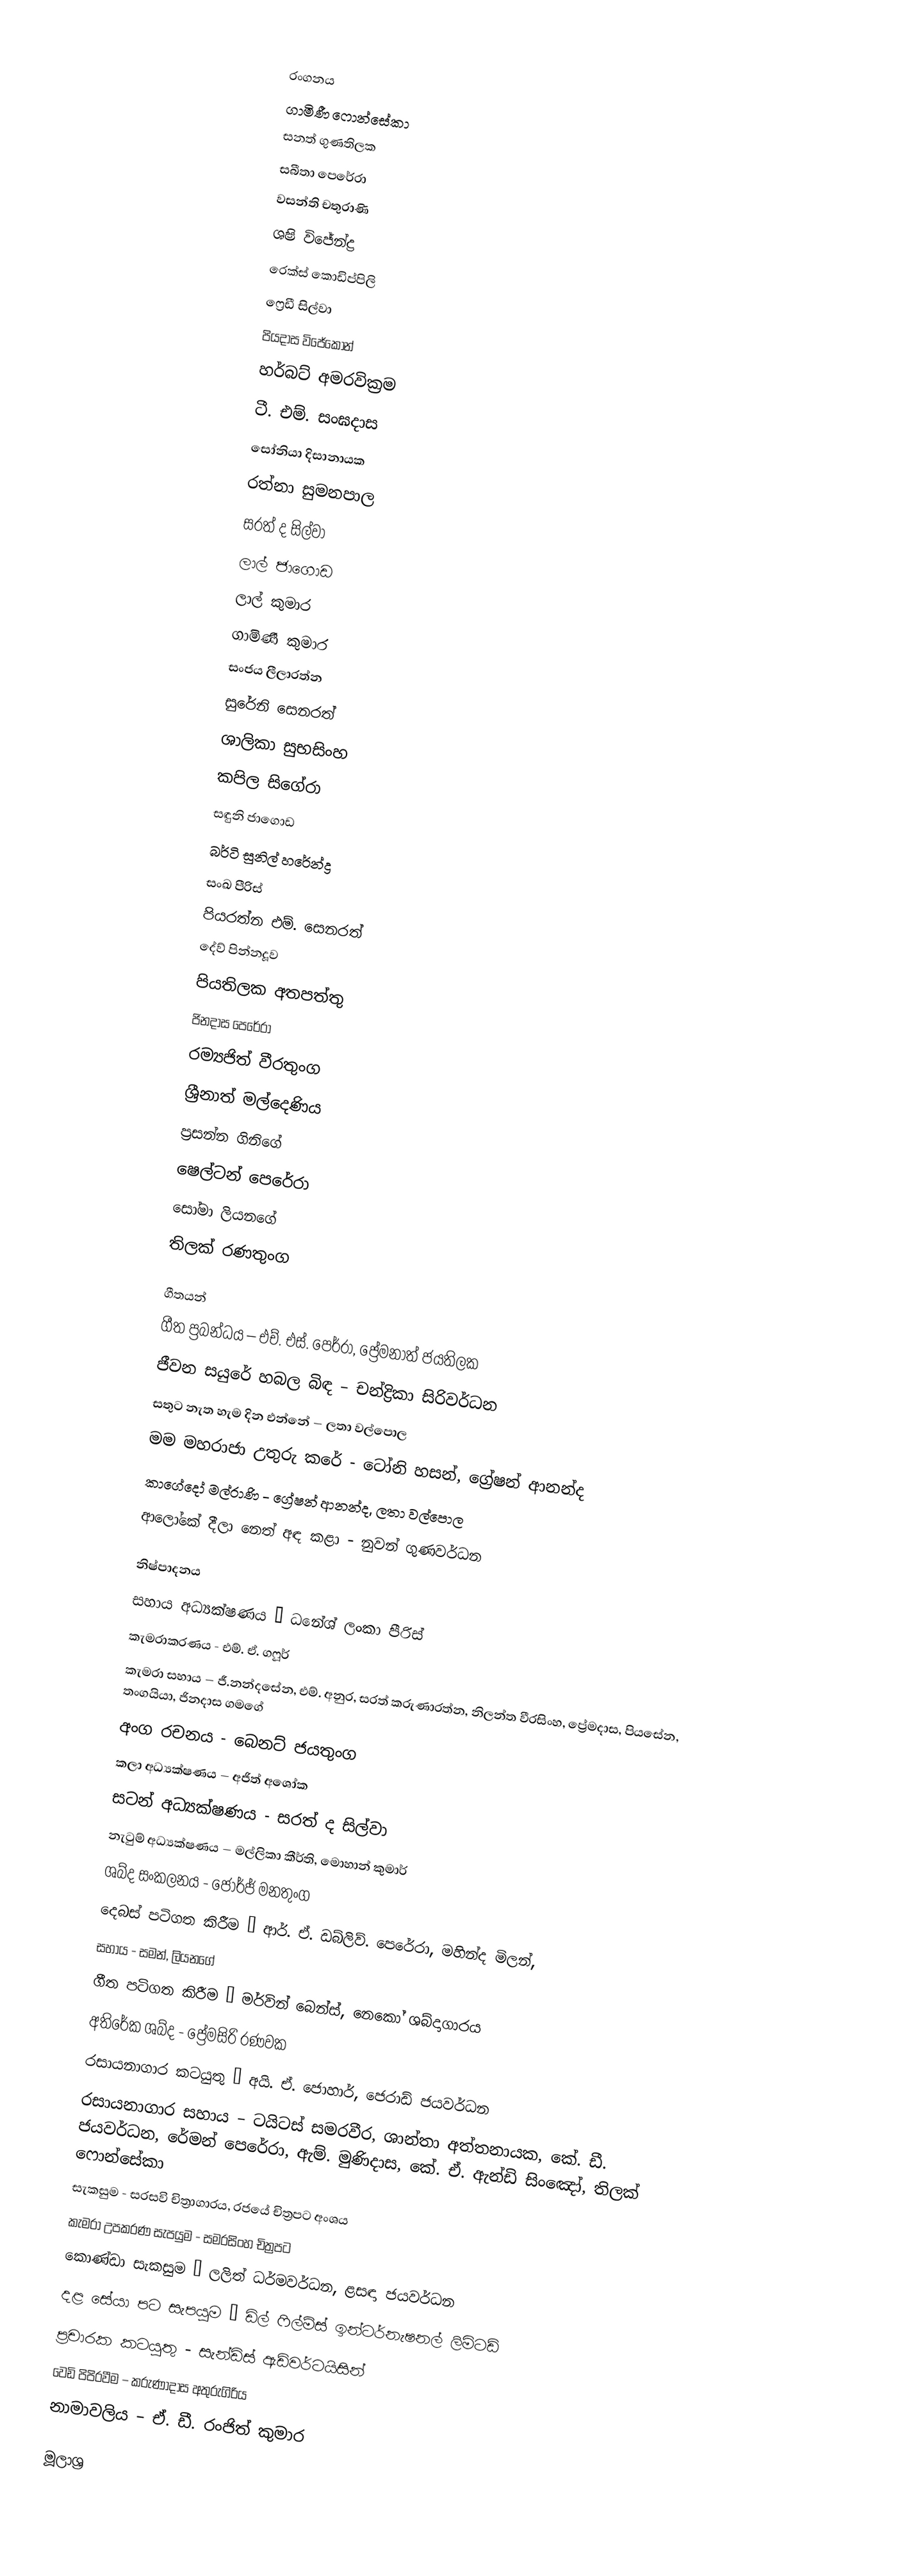

රංගනය
ගාමිණී ෆොන්සේකා
සනත් ගුණතිලක
සබීතා පෙරේරා
වසන්ති චතුරාණි
ශෂි විජේන්ද්‍ර
රෙක්ස් කොඩිප්පිලි
ෆ්‍රෙඩී සිල්වා
පියදාස විජේකෝන්
හර්බට් අමරවික්‍රම
ටී. එම්. සංඝදාස
සෝනියා දිසානායක
රත්නා සුමනපාල
සරත් ද සිල්වා
ලාල් ජාගොඩ
ලාල් කුමාර
ගාමිණී කුමාර
සංජය ලීලාරත්න
සුරේනි සෙනරත්
ශාලිකා සුභසිංහ
කපිල සිගේරා
සඳුනි ජාගොඩ
බර්ටි සුනිල් හරේන්ද්‍ර
සංඛ පීරිස්
පියරත්න එම්. සෙනරත්
දේව් පින්නදූව
පියතිලක අතපත්තු
ජිනදාස පෙරේරා
රම්‍යජිත් වීරතුංග
ශ්‍රීනාත් මල්දෙණිය
ප්‍රසන්න ගිනිගේ
ෂෙල්ටන් පෙරේරා
සෝමා ලියනගේ
තිලක් රණතුංග

ගීතයන්
ගීත ප්‍රබන්ධය – එච්. එස්. පෙර්රා, ප්‍රේමනාත් ජයතිලක
ජීවන සයුරේ හබල බිඳ – චන්ද්‍රිකා සිරිවර්ධන
සතුට නැත හැම දින එන්නේ – ලතා වල්පොල
මම මහරාජා උතුරු කරේ - ටෝනි හසන්, ග්‍රේෂන් ආනන්ද
කාගේදෝ මල්රාණි - ග්‍රේෂන් ආනන්ද, ලතා වල්පොල
ආලෝකේ දීලා නෙත් අඳ කළා - නුවන් ගුණවර්ධන

නිෂ්පාදනය
සහාය අධ්‍යක්ෂණය – ධනේශ් ලංකා පීරිස්
කැමරාකරණය - එම්. ඒ. ගෆූර්
කැමරා සහාය – ජී.නන්දසේන, එම්. අනුර, සරත් කරුණාරත්න, නිලන්ත වීරසිංහ, ප්‍රේමදාස, පියසේන, තංගයියා, ජිනදාස ගමගේ
අංග රචනය - බෙනට් ජයතුංග
කලා අධ්‍යක්ෂණය – අජිත් අශෝක
සටන් අධ්‍යක්ෂණය - සරත් ද සිල්වා
නැටුම් අධ්‍යක්ෂණය – මල්ලිකා කීර්ති, මොහාන් කුමාර්
ශබ්ද සංකලනය - ජෝර්ජ් මනතුංග
දෙබස් පටිගත කිරීම – ආර්. ඒ. ඩබ්ලිව්. පෙරේරා, මහින්ද මිලන්,
සහාය - සමන්, ලියනගේ
ගීත පටිගත කිරීම – මර්වින් බෙන්ස්, නෙකෝ ශබ්දාගාරය
අතිරේක ශබ්ද - ප්‍රේමසිරි රණවක
රසායනාගාර කටයුතු – අයි. ඒ. ජොහාර්, ජෙරාඩ් ජයවර්ධන
රසායනාගාර සහාය – ටයිටස් සමරවීර, ශාන්තා අත්තනායක, කේ. ඩී. ජයවර්ධන, රේමන් පෙරේරා, ඇම්. මුණිදාස, කේ. ඒ. ඇන්ඩි සිංඤෝ, තිලක් ෆොන්සේකා
සැකසුම - සරසවි චිත්‍රාගාරය, රජයේ චිත්‍රපට අංශය
කැමරා උපකරණ සැපයුම - සමරසිංහ චිත්‍රපට
කොණ්ඩා සැකසුම – ලලිත් ධර්මවර්ධන, ළසඳා ජයවර්ධන
දළ සේයා පට සැපයුම – ඩිල් ෆිල්ම්ස් ඉන්ටර්නැෂනල් ලිමිටඩ්
ප්‍රචාරක කටයුතු - සැන්ඩිස් ඇඩ්වර්ටයිසින්
වෙඩි පිපිරවීම – කරුණාදාස අතුරුගිරිය
නාමාවලිය – ඒ. ඩී. රංජිත් කුමාර

මූලාශ්‍ර